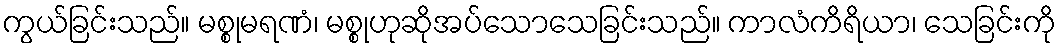
ကွယ်ခြင်းသည်။ မစ္စုမရဏံ၊ မစ္စုဟုဆိုအပ်သောသေခြင်းသည်။ ကာလံကိရိယာ၊ သေခြင်းကို